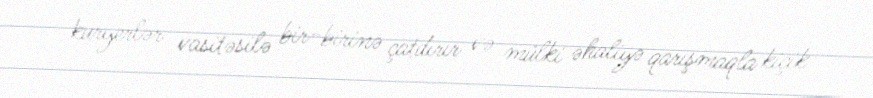
kuryerlər vasitəsilə bir-birinə çatdırır və mülki əhaliyə qarışmaqla kiçik